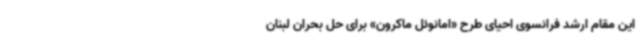
این مقام ارشد فرانسوی احیای طرح «امانوئل ماکرون» برای حل بحران لبنان